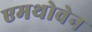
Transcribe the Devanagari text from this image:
एमथोवेन